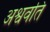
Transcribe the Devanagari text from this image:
अश्ववति